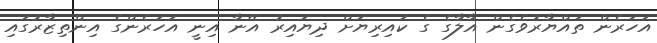
އަހަރެން ތައްޔާރުވެގެން އާލާގެ ގެ ކައިރިޔަށް ދިޔައިރު އޭނާ އިނީ އަހަރެންގެ އިންތިޒާރުގައި